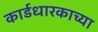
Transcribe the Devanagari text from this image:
कार्डधारकाच्या